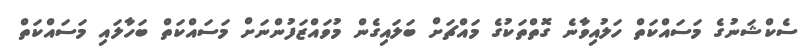
ސެކްޝަނުގެ މަސައްކަތް ހަލުއިވާނެ ގޮތްތަކުގެ މައްޗަށް ބަލައިގެން މުވައްޒަފުންނަށް މަސައްކަތް ބަހާލައި މަސައްކަތް